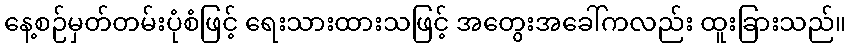
နေ့စဉ်မှတ်တမ်းပုံစံဖြင့် ရေးသားထားသဖြင့် အတွေးအခေါ်ကလည်း ထူးခြားသည်။